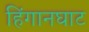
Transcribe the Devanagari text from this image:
हिंगानघाट